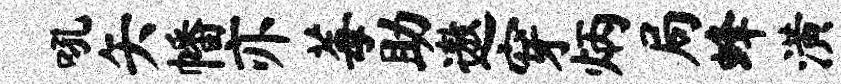
吼矢幡亦莓助遨穿炳局蜂潢